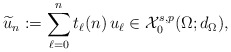
\begin{align*}\widetilde{u}_n:=\sum_{\ell=0}^n t_\ell(n)\,u_\ell\in \mathcal{X}^{s,p}_0(\Omega;d_\Omega),\end{align*}